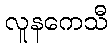
လူနကေသီ